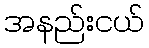
အနည်းငယ်